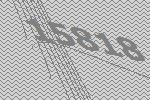
15818